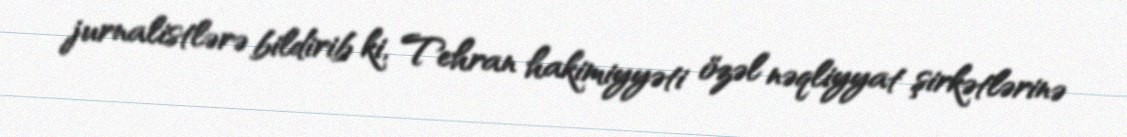
jurnalistlərə bildirib ki, Tehran hakimiyyəti özəl nəqliyyat şirkətlərinə